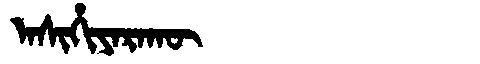
Manchu: ᠠᠰᡳᡥᡳᠶᠠᡵᠠᡴᡡ
Romanization: ASIHIYARAKŪ